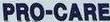
PRO-CARE